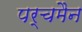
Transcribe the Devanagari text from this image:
पर्चमैन